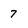
Character: 7